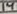
Text: 14